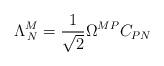
LaTeX: \begin{align*}\Lambda^{M}_{\,N}=\frac{1}{\sqrt{2}}\Omega^{MP}C_{PN}\end{align*}